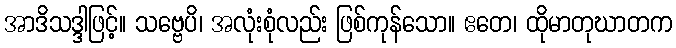
အာဒိသဒ္ဒါဖြင့်။ သဗ္ဗေပိ၊ အလုံးစုံလည်း ဖြစ်ကုန်သော။ ဧတေ၊ ထိုမာတုဃာတက